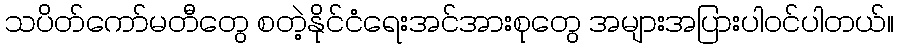
သပိတ်ကော်မတီတွေ စတဲ့နိုင်ငံရေးအင်အားစုတွေ အများအပြားပါဝင်ပါတယ်။